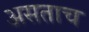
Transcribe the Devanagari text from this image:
असताच